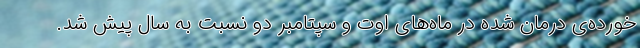
خورده‌ی درمان شده در ماه‌های اوت و سپتامبر دو نسبت به سال پیش شد.